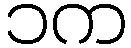
၁က